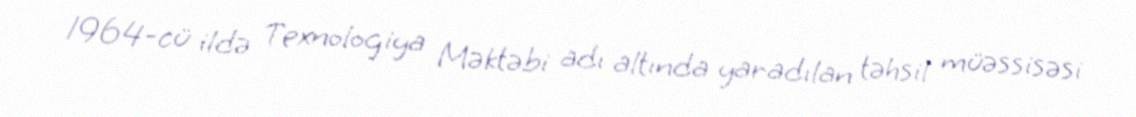
1964-cü ildə Texnologiya Məktəbi adı altında yaradılan təhsil müəssisəsi